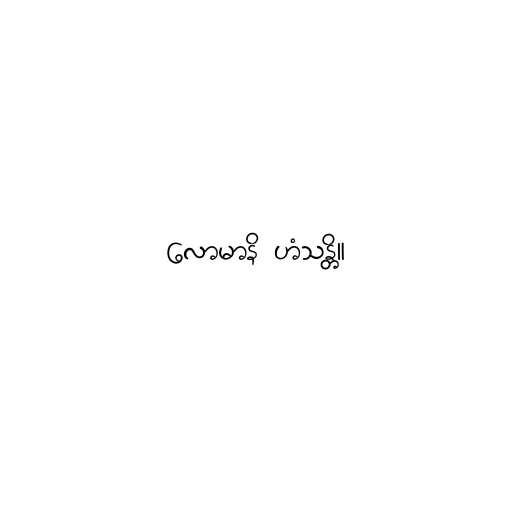
လောမာနိ ဟံသန္တိ။